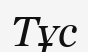
Тұс